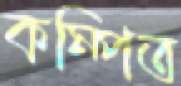
কম্পিত